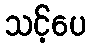
သင့်ပေ